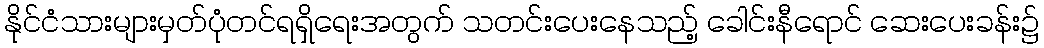
နိုင်ငံသားများမှတ်ပုံတင်ရရှိရေးအတွက် သတင်းပေးနေသည့် ခေါင်းနီရောင် ဆေးပေးခန်း၌